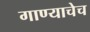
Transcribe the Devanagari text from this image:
गाण्याचेच